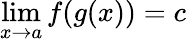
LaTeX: \operatorname*{lim}_{x\to a}f(g(x))=c